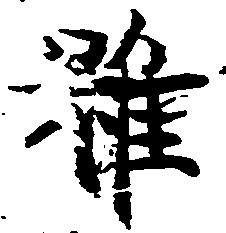
雖